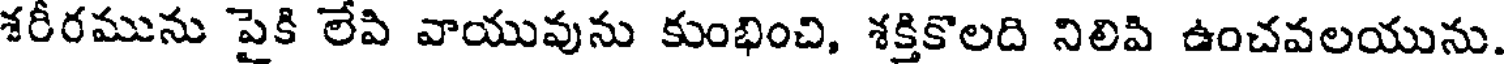
శరీరమును పైకి లేపి వాయువును కుంభించి, శక్తికొలది నిలిపి ఉంచవలయును.